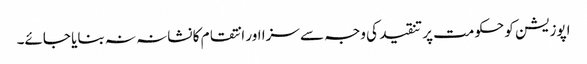
اپوزیشن کو حکومت پر تنقید کی وجہ سے سزا اور انتقام کا نشانہ نہ بنایا جائے۔